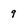
Character: 9